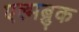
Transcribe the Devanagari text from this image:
एल्मब्रुक